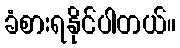
ခံစားရနိုင်ပါတယ်။